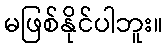
မဖြစ်နိုင်ပါဘူး။